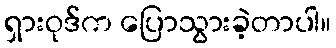
ရှားဝုဒ်က ပြောသွားခဲ့တာပါ။